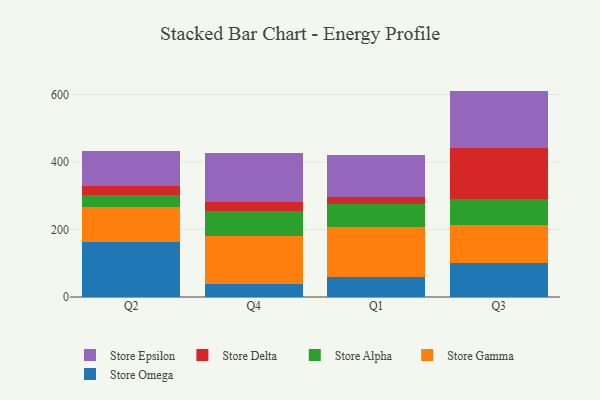
{"axis": {"x": "Quarter", "y": "Active Users"}, "legend": ["Store Alpha", "Store Delta", "Store Epsilon", "Store Gamma", "Store Omega"], "data": [{"x": "Q2", "y": 162.1, "type": "Store Omega"}, {"x": "Q2", "y": 104.6, "type": "Store Gamma"}, {"x": "Q2", "y": 35.1, "type": "Store Alpha"}, {"x": "Q2", "y": 27.4, "type": "Store Delta"}, {"x": "Q2", "y": 102.5, "type": "Store Epsilon"}, {"x": "Q4", "y": 38.5, "type": "Store Omega"}, {"x": "Q4", "y": 142.1, "type": "Store Gamma"}, {"x": "Q4", "y": 74.7, "type": "Store Alpha"}, {"x": "Q4", "y": 25.2, "type": "Store Delta"}, {"x": "Q4", "y": 145.5, "type": "Store Epsilon"}, {"x": "Q1", "y": 59.9, "type": "Store Omega"}, {"x": "Q1", "y": 146.3, "type": "Store Gamma"}, {"x": "Q1", "y": 70.1, "type": "Store Alpha"}, {"x": "Q1", "y": 21.1, "type": "Store Delta"}, {"x": "Q1", "y": 122.3, "type": "Store Epsilon"}, {"x": "Q3", "y": 101.2, "type": "Store Omega"}, {"x": "Q3", "y": 113.0, "type": "Store Gamma"}, {"x": "Q3", "y": 76.5, "type": "Store Alpha"}, {"x": "Q3", "y": 151.9, "type": "Store Delta"}, {"x": "Q3", "y": 168.1, "type": "Store Epsilon"}]}